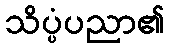
သိပ္ပံပညာ၏